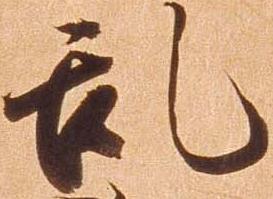
乱